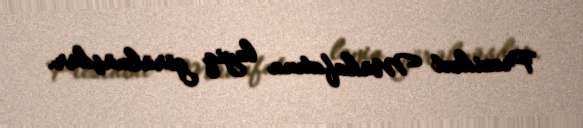
Prezident Mükafatına layiq görülmüşdür.